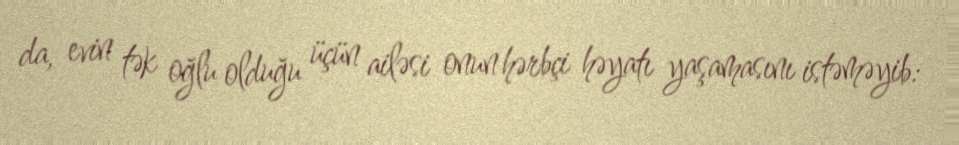
da, evin tək oğlu olduğu üçün ailəsi onun hərbçi həyatı yaşamasını istəməyib: